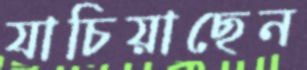
যাচিয়াছেন